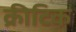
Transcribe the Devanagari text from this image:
क्रीटिक